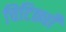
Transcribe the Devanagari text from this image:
चिटिठ्यॉँ